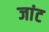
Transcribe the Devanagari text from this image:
जांट